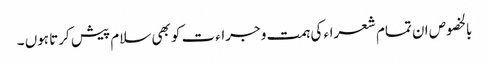
بالخصوص ان تمام شعراء کی ہمت و جراءت کو بھی سلام پیش کرتا ہوں ۔